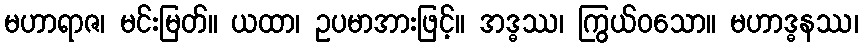
မဟာရာဇ၊ မင်းမြတ်။ ယထာ၊ ဥပမာအားဖြင့်။ အဒ္ဓဿ၊ ကြွယ်ဝသော။ မဟာဒ္ဓနဿ၊